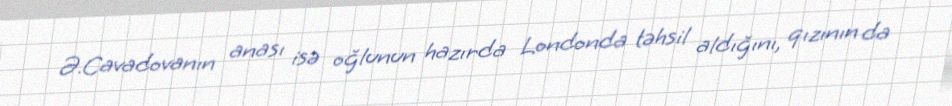
Ə.Cavadovanın anası isə oğlunun hazırda Londonda təhsil aldığını, qızının da